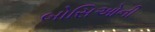
બોસિઓની